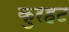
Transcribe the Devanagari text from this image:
कुरहट